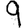
Digit: 9